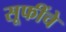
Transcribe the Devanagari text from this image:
सूफींचे